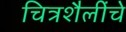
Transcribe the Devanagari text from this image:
चित्रशैलींचे